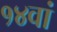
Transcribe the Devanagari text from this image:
१४वां